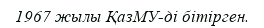
1967 жылы ҚазМУ-ді бітірген.